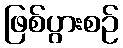
ဖြစ်ပွားစဉ်